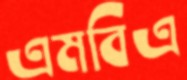
এমবিএ